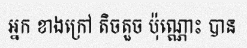
អ្នក ខាងក្រៅ តិចតួច ប៉ុណ្ណោះ បាន